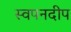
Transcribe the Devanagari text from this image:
स्वपनदीप